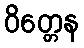
ဝိတ္တေန